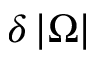
\delta \left\vert \Omega \right\vert